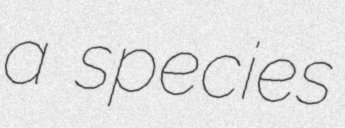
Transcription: a species